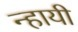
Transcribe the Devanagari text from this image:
न्हायी